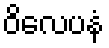
ဝိလေပနံ